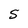
Character: 5